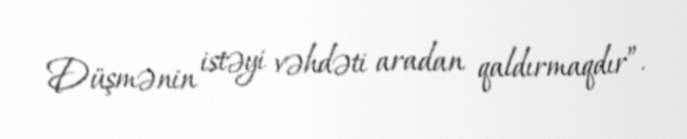
Düşmənin istəyi vəhdəti aradan qaldırmaqdır”.